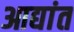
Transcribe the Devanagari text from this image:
आद्यांत